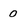
Character: 0